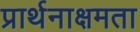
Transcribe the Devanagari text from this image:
प्रार्थनाक्षमता